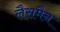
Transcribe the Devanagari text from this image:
लैसमैन